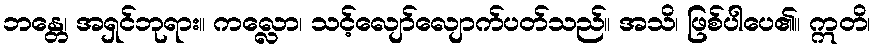
ဘန္တေ၊ အရှင်ဘုရား။ ကလ္လော၊ သင့်လျော်လျောက်ပတ်သည်။ အသိ၊ ဖြစ်ပါပေ၏။ ဣတိ၊